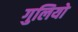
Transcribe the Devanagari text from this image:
गुलियो